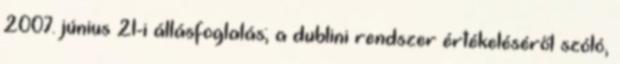
2007. június 21-i állásfoglalás; a dublini rendszer értékeléséről szóló,